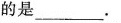
的是_。